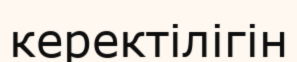
керектілігін